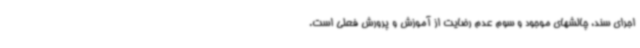
اجرای سند، چالشهای موجود و سوم عدم رضایت از آموزش و پرورش فعلی است.